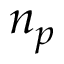
n _ { p }